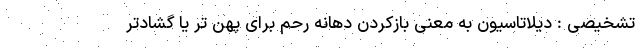
تشخیصی : دیلاتاسیون به معنی بازکردن دهانه رحم برای پهن تر یا گشادتر